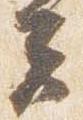
夫